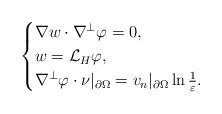
LaTeX: \begin{align*}\begin{cases}\nabla w\cdot \nabla^\perp\varphi=0,\\w=\mathcal{L}_H\varphi,\\\nabla^\perp\varphi\cdot \nu|_{\partial \Omega}=v_n|_{\partial \Omega}\ln\frac{1}{\varepsilon}.\end{cases}\end{align*}